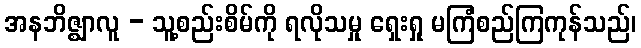
အနဘိဇ္ဈာလူ - သူ့စည်းစိမ်ကို ရလိုသမှု ရှေးရှု မကြံစည်ကြကုန်သည်၊